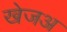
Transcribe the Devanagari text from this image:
खेजअ